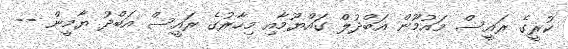
ކުރީގެ ރައީސް މައުމޫން އަބްދުލް ގައްްޔޫމާއި މިހާރުގެ ރައީސް އަބްދު ޔާމީން --